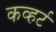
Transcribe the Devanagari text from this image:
कव्हर्ट